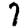
Digit: 7